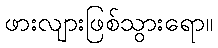
ဖားလျားဖြစ်သွားရော။